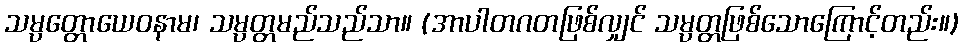
သမ္ပတ္တောယေဝနာမ၊ သမ္ပတ္တမည်သည်သာ။ (အာပါတဂတဖြစ်လျှင် သမ္ပတ္တဖြစ်သောကြောင့်တည်း။)